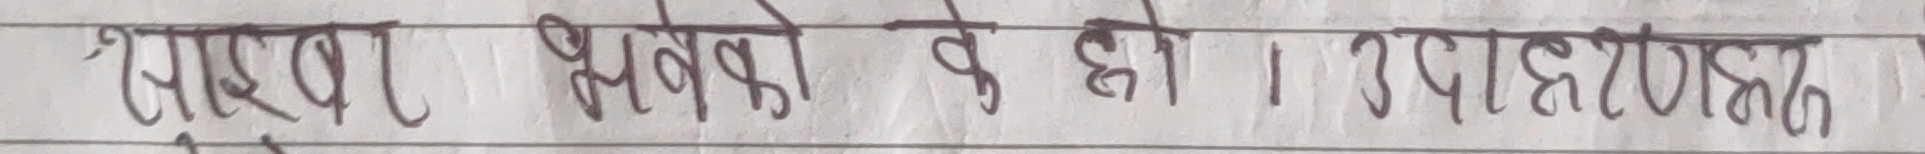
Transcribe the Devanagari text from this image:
पैसा भनेको के हो । उदाहरण क